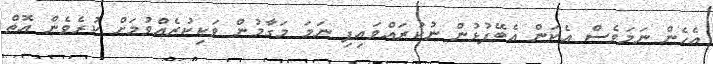
އެހެން ނަމަވެސް އެކަން އެބޭފުޅުން ނުކުރައްވައިފި ނަމަ މަގާމުން ވަކިކުރެއްވުމަށް ކުރެވެން އޮތް